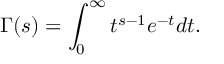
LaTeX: \Gamma ( s ) = \int _ { 0 } ^ { \infty } t ^ { s - 1 } e ^ { - t } d t .